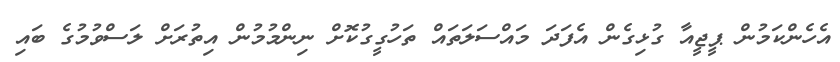
އެހެންކަމުން ޕީޖީއާ ގުޅިގެން އެފަދަ މައްސަލަތައް ތަހުގީގުކޮށް ނިންމުމުން އިތުރަށް ލަސްވުމުގެ ބައި